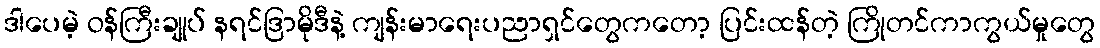
ဒါပေမဲ့ ဝန်ကြီးချုပ် နရင်ဒြာမိုဒီနဲ့ ကျန်းမာရေးပညာရှင်တွေကတော့ ပြင်းထန်တဲ့ ကြိုတင်ကာကွယ်မှုတွေ